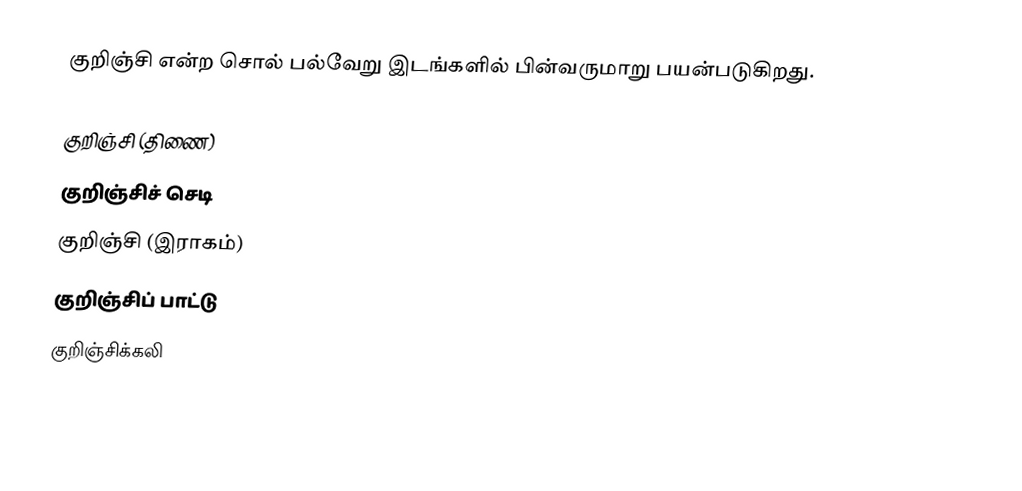
குறிஞ்சி என்ற சொல் பல்வேறு இடங்களில் பின்வருமாறு பயன்படுகிறது.

 குறிஞ்சி (திணை)
 குறிஞ்சிச் செடி
 குறிஞ்சி (இராகம்)
 குறிஞ்சிப் பாட்டு
 குறிஞ்சிக்கலி